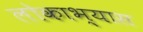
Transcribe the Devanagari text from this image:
लोकाभ्यास